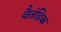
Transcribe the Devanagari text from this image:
वैतंडिक